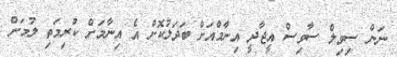
ނަން ސިވިލް ސާވިސް އީޖާދީ އިނާމްއަށް ބަދަލުކޮށް އެ އިނާމަށް ކުރިމަތި ލުމަށް